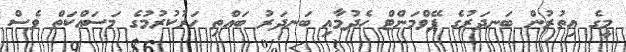
މީގެ އިތުރުން ބަނދަރުގެ ޕޭވްމަންޓް ހެދުމާއި ބަނދަރު ބައްތި ހަރުކުރުމުގެ މަސައްކަތް ވެސް